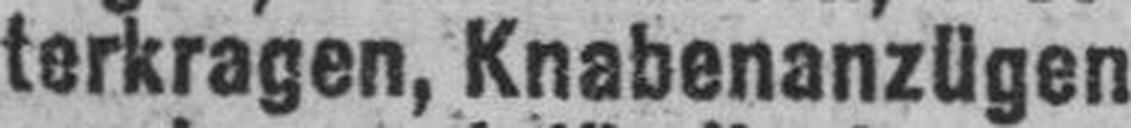
terkragen, Knabenanzügen